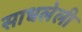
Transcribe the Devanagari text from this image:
साधलेली